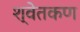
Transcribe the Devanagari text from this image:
श्वेतकण